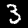
Digit: 3